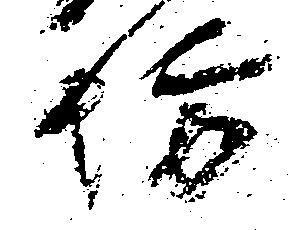
坊